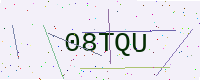
Text: 08TQU